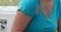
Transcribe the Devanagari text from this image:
चावरेकर